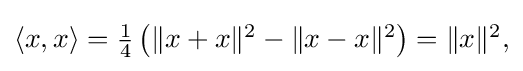
{\textstyle \langle x,x\rangle ={\frac {1}{4}}\left(\|x+x\|^{2}-\|x-x\|^{2}\right)=\|x\|^{2},}